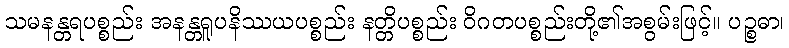
သမနန္တရပစ္စည်း အနန္တရူပနိဿယပစ္စည်း နတ္တိပစ္စည်း ဝိဂတပစ္စည်းတို့၏အစွမ်းဖြင့်။ ပဉ္စဓာ၊